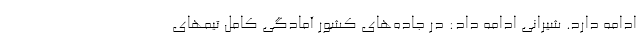
ادامه دارد. شیرانی ادامه داد: در جاده‌های کشور آمادگی کامل تیمهای